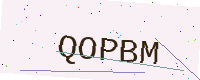
Text: QOPBM